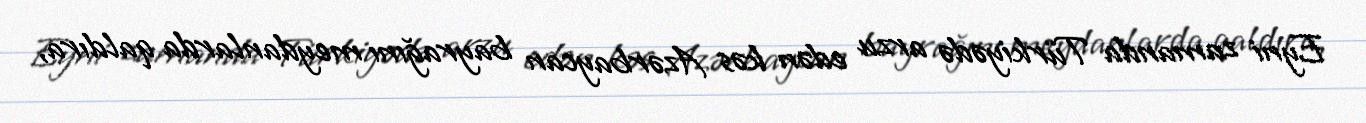
Eyni zamanda Türkiyədə arzu edən kəs Azərbaycan bayrağını meydanlarda qaldıra,